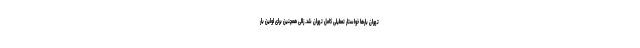
تهران بارها خواستار تعطیلی کامل تهران شد. زالی همچنین برای اولین بار